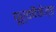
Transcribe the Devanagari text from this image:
पूर्वपैकेज्ड